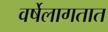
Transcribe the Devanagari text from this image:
वर्षेलागतात